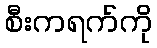
စီးကရက်ကို